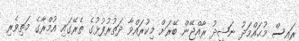
ރައީސް މުޙައްމަދު ނަޝީދު ރާއްޖޭން ބޭރަށް މިކުރައްވާ ދަތުރުފުޅުގެ ތެރޭގައި އުމްރާގެ މަތިވެރި